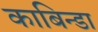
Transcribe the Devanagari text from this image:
काबिन्डा